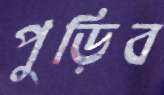
পুড়িব